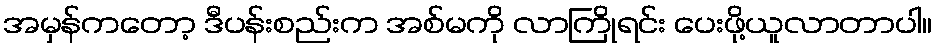
အမှန်ကတော့ ဒီပန်းစည်းက အစ်မကို လာကြိုရင်း ပေးဖို့ယူလာတာပါ။